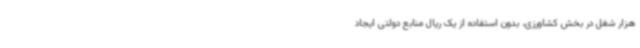
هزار شغل در بخش کشاورزی، بدون استفاده از یک ریال منابع دولتی ایجاد